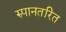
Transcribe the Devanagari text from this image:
रुपानतरित